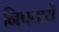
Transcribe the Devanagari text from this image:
निपटायें